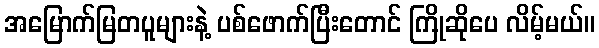
အမြောက်မြတပူများနဲ့ ပစ်ဖောက်ပြီးတောင် ကြိုဆိုပေ လိမ့်မယ်။